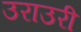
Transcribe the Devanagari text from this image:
उराउरी